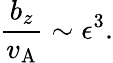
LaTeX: \frac{b_{z}}{v_{\mathrm{A}}}\sim\epsilon^{3}.